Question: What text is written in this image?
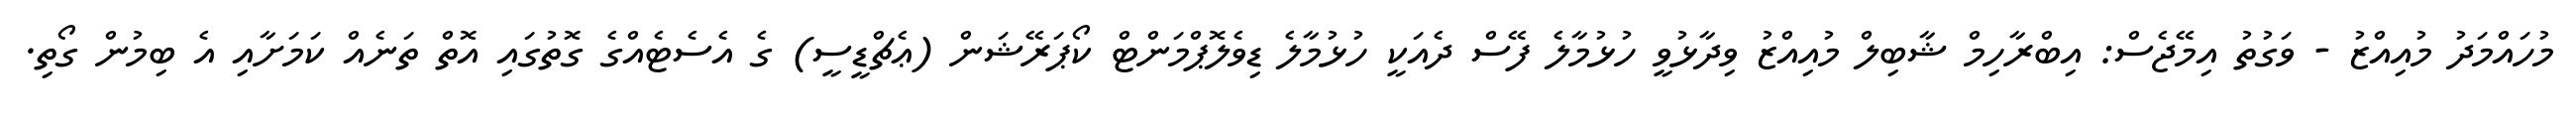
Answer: މުހައްމަދު މުއިއްޒު - ވަގުތު އިމޭޖެސް: އިބްރާހިމް ޝާބިލް މުއިއްޒު ވިދާޅުވީ ހުޅުމާލެ ފޭސް ދެއަކީ ހުޅުމާލެ ޑިވެލޮޕްމަންޓް ކޯޕަރޭޝަން (ޢެޗްޑީސީ) ގެ އެސެޓެއްގެ ގޮތުގައި އޮތް ތަނެއް ކަމަށާއި އެ ބިމުން ގޯތި.